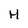
Character: M